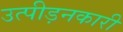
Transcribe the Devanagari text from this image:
उत्पीड़नकारी